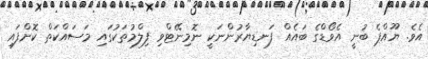
އެވެ. ޔޫއްޕެ ބުނީ އެވޯޑްގެ ބައެއް ފަނޑިޔާރުންނަކީ ނޮމިނޭޓްވި ފިލްމުތަކުގައި މަސައްކަތް ކޮށްފައި